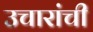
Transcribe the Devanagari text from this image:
उचारांची